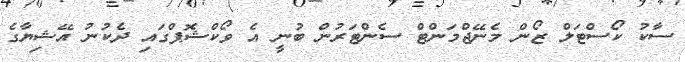
ސާކު ކޯސްޓަލް ޒޯން މެނޭޖްމަންޓް ސެންޓަރުން ބުނީ އެ ވޯކްޝޮޕްގައި ދެކުނު އޭޝިޔާގެ